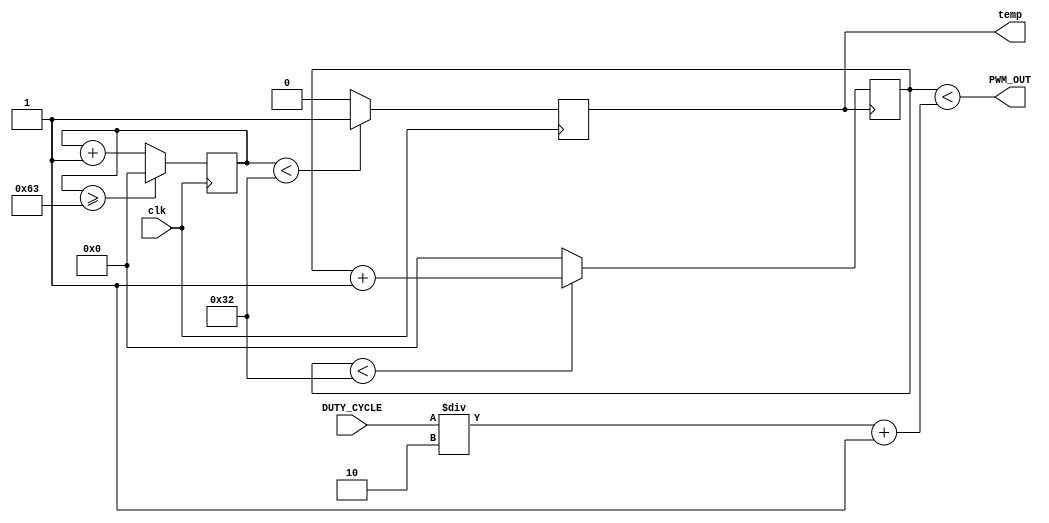
module SM_1153_PWM_Generator(
 
	input clk,             // Clock input
	input [7:0]DUTY_CYCLE, // Input Duty Cycle
	output PWM_OUT,         // Output PWM
	output temp
);
 
////////////////////////WRITE YOUR CODE FROM HERE////////////////////

reg freq_1;
reg[12:0] counter=12'd0;
parameter DIVISOR=100;

reg [12:0]counter_1=0;
always@(posedge clk)
begin
counter<=counter+8'd1;
if(counter>= (DIVISOR -1))
counter<= 12'd0;
freq_1<= (counter<DIVISOR/2)?1:0;

//



end
reg[12:0] counter1=12'd0;
//parameter DIVISOR1=0.5;

//reg [7:0]counter_1=0;

assign temp=freq_1;
integer i;
//reg temp_op;
always@(posedge temp)
begin
if(counter1<50)counter1<=counter1+1;
else counter1<=0;
end


assign PWM_OUT=(counter1<DUTY_CYCLE/2 +1);






////////////////////////YOUR CODE ENDS HERE//////////////////////////
endmodule
///////////////////////////////MODULE ENDS///////////////////////////